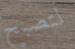
لتصبح